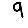
Digit: 9